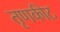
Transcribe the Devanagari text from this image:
तृणकीट